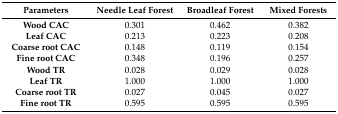
| Parameters | Needle Leaf Forest | Broadleaf Forest | Mixed Forests |
 | --- | --- | --- | --- |
 | Wood CAC | 0.301 | 0.462 | 0.382 |
 | Leaf CAC | 0.213 | 0.223 | 0.208 |
 | Coarse root CAC | 0.148 | 0.119 | 0.154 |
 | Fine root CAC | 0.348 | 0.196 | 0.257 |
 | Wood TR | 0.028 | 0.029 | 0.028 |
 | Leaf TR | 1.000 | 1.000 | 1.000 |
 | Coarse root TR | 0.027 | 0.045 | 0.027 |
 | Fine root TR | 0.595 | 0.595 | 0.595 |